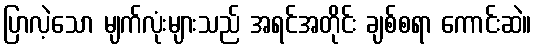
ပြာလဲ့သော မျက်လုံးများသည် အရင်အတိုင်း ချစ်စရာ ကောင်းဆဲ။